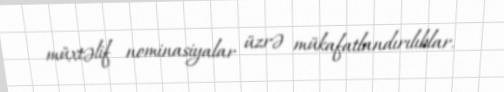
müxtəlif nominasiyalar üzrə mükafatlandırılıblar.